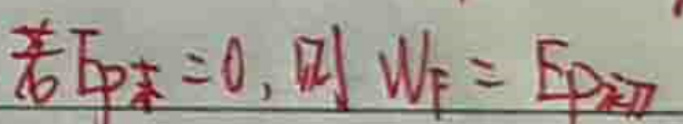
若\(E_{P末}=0\)，则\(W_{f}=E_{P初}\)